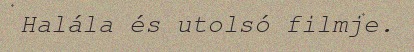
Halála és utolsó filmje.